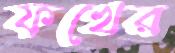
ফখের